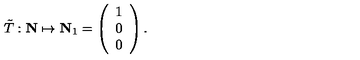
{ \tilde { T } } : { \bf N } \mapsto { \bf N } _ { 1 } = \left( \begin{array} { c } { 1 } \\ { 0 } \\ { 0 } \\ \end{array} \right) .